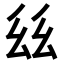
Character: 𢆾